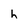
Character: h